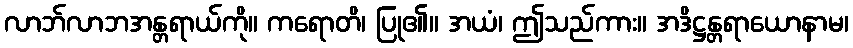
လာဘ်လာဘအန္တရာယ်ကို။ ကရောတိ၊ ပြု၏။ အယံ၊ ဤသည်ကား။ အဒိဋ္ဌန္တရာယောနာမ၊